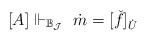
LaTeX: \begin{align*}[A] \Vdash_{\mathbb{B}_{\mathcal{J}}} \ \dot{m} = [\check{f}]_{\dot{U}}\end{align*}